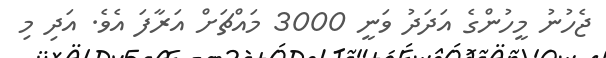
ޖެހުނު މީހުންގެ އަދަދު ވަނީ 3000 މައްޗަށް އަރާފަ އެވެ. އަދި މި